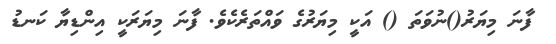
ފާނަ މިޔަރު()ނުވަތަ () އަކީ މިޔަރުގެ ވައްތަރެކެވެ. ފާނަ މިޔަރަކީ އިންޑިޔާ ކަނޑު